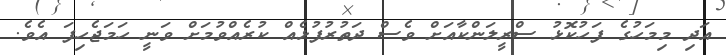
އަދި މިމަހުގެ ފަހުކޮޅު ސްރީލަންކާއަށް ވެސް ދަތުރުފުޅެއް ކުރެއްވުމަށް ވަނީ ހަމަޖެހިފަ އެވެ.